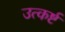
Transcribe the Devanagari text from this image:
उत्कर्ष्ट